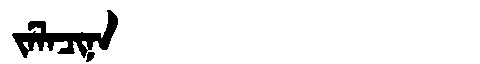
Manchu: ᠵᡝᠯᠠᠴᡳᠨᠠ
Romanization: JELACINA